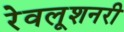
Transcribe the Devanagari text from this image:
रेवलूशनरी